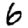
Digit: 6